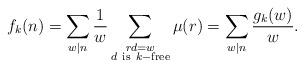
LaTeX: \begin{align*}f_k(n)=\sum_{w\mid n}\frac{1}{w}\sum_{\substack{rd=w\\d\ {\rm{is}} \ k-{\rm{free}}}}\mu (r)=\sum_{w\mid n}\frac{g_k(w)}{w}.\end{align*}